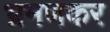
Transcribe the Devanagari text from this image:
भ्रमणकर